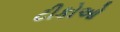
ટીકોઓ